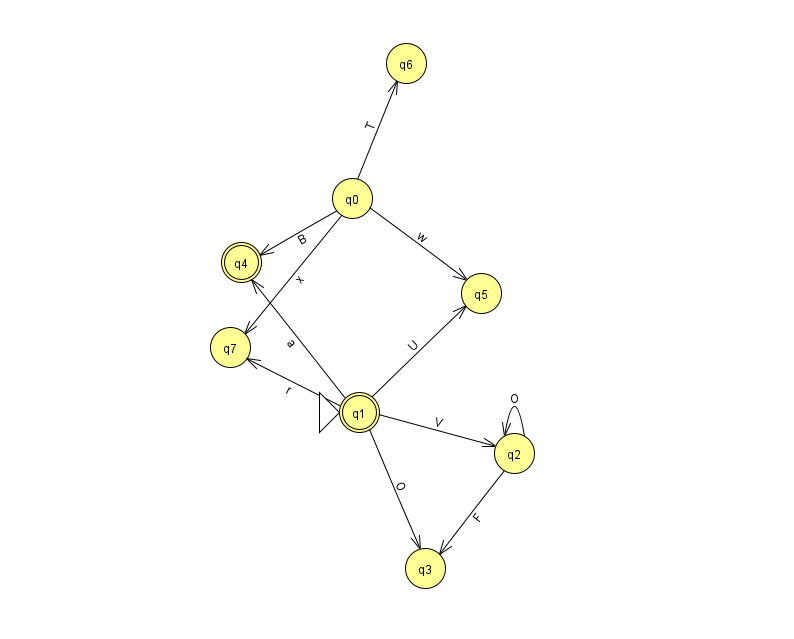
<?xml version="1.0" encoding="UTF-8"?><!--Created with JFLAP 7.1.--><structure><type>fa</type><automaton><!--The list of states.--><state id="0" name="q0"><x>352.0</x><y>185.0</y></state><state id="1" name="q1"><x>359.0</x><y>399.0</y><initial/><final/></state><state id="2" name="q2"><x>514.0</x><y>440.0</y></state><state id="3" name="q3"><x>425.0</x><y>555.0</y></state><state id="4" name="q4"><x>241.0</x><y>249.0</y><final/></state><state id="5" name="q5"><x>481.0</x><y>280.0</y></state><state id="6" name="q6"><x>406.0</x><y>50.0</y></state><state id="7" name="q7"><x>230.0</x><y>334.0</y></state><!--The list of transitions.--><transition><from>0</from><to>7</to><read>x</read></transition><transition><from>0</from><to>5</to><read>w</read></transition><transition><from>2</from><to>3</to><read>F</read></transition><transition><from>1</from><to>2</to><read>V</read></transition><transition><from>1</from><to>7</to><read>r</read></transition><transition><from>0</from><to>4</to><read>B</read></transition><transition><from>0</from><to>6</to><read>T</read></transition><transition><from>1</from><to>3</to><read>O</read></transition><transition><from>1</from><to>5</to><read>U</read></transition><transition><from>1</from><to>4</to><read>a</read></transition><transition><from>2</from><to>2</to><read>O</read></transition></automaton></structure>